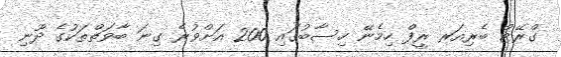
ގްރޭޓް ބެރިއަރ ރީފް ހިމެނޭ ހިސާބުގައި 200 އަށްވުރެ ގިނަ ބާވަތްތަކުގެ ދޫނި